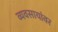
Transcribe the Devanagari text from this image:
व्यवसायांवर